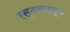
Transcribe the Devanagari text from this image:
रस्तावाहतूक